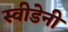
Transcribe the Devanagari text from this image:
स्वीडेनी